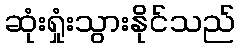
ဆုံးရှုံးသွားနိုင်သည်